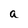
Character: a